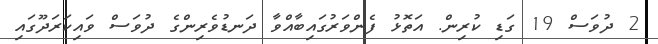
2 ދުވަސް 19 ގަޑި ކުރިން. އަތޮޅު ފެންވަރުގައިބާއްވާ ދަނޑުވެރިންގެ ދުވަސް ވައިކަރަދޫގައި